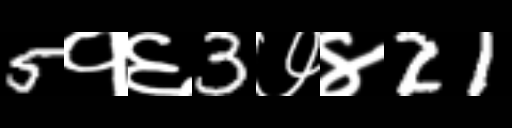
Text: 5१६3७४21